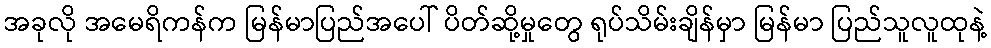
အခုလို အမေရိကန်က မြန်မာပြည်အပေါ် ပိတ်ဆို့မှုတွေ ရုပ်သိမ်းချိန်မှာ မြန်မာ ပြည်သူလူထုနဲ့